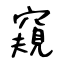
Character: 窺